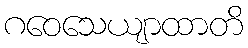
ဂဝေသေယျာထာတိ